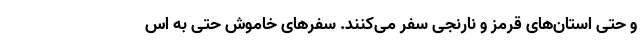
و حتی استان‌های قرمز و نارنجی سفر می‌کنند. سفرهای خاموش حتی به اس